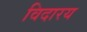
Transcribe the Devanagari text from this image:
विदारय